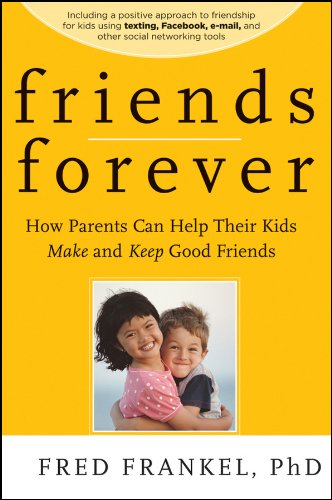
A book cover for Friends Forever: How Parents Can Help Their Kids Make and Keep Good Friends; Fred Frankel; Self-Help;